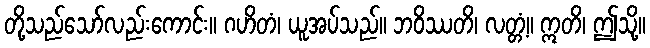
တို့သည်သော်လည်းကောင်း။ ဂဟိတံ၊ ယူအပ်သည်။ ဘဝိဿတိ၊ လတ္တံ့။ ဣတိ၊ ဤသို့။